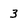
Character: 3